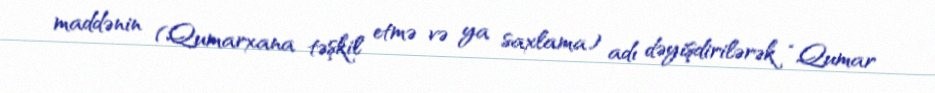
maddənin (Qumarxana təşkil etmə və ya saxlama) adı dəyişdirilərək “Qumar